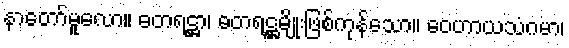
နာတော်မူလော။ ဓတရဋ္ဌာ၊ ဓတရဋ္ဌမျိုးဖြစ်ကုန်သော။ ဝေဟာယသံဂမာ၊